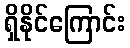
ရှိနိုင်ကြောင်း